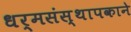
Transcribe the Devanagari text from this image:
धर्मसंस्थापकाने